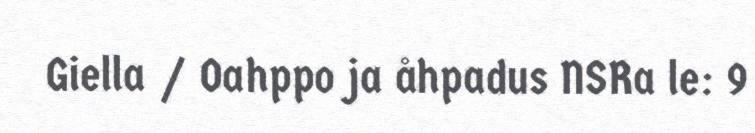
Giella / Oahppo ja åhpadus NSRa le: 9